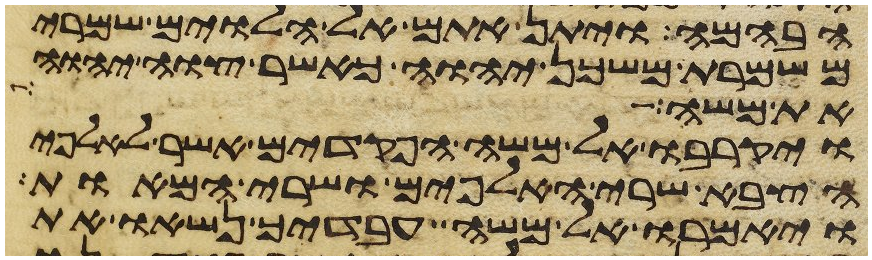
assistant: הבהמה ויתן אתם אל הלוים שמרי
משמרת משכן יהוה כאשר צוה יהוה
את משה
ויקרבו אל משה הפקדים אשר לאלפי
הצבא שרי האלפים ושרי המאות
ויאמרו אל משה עבדיך נשאו את